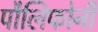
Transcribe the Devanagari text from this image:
पौलिफोनी